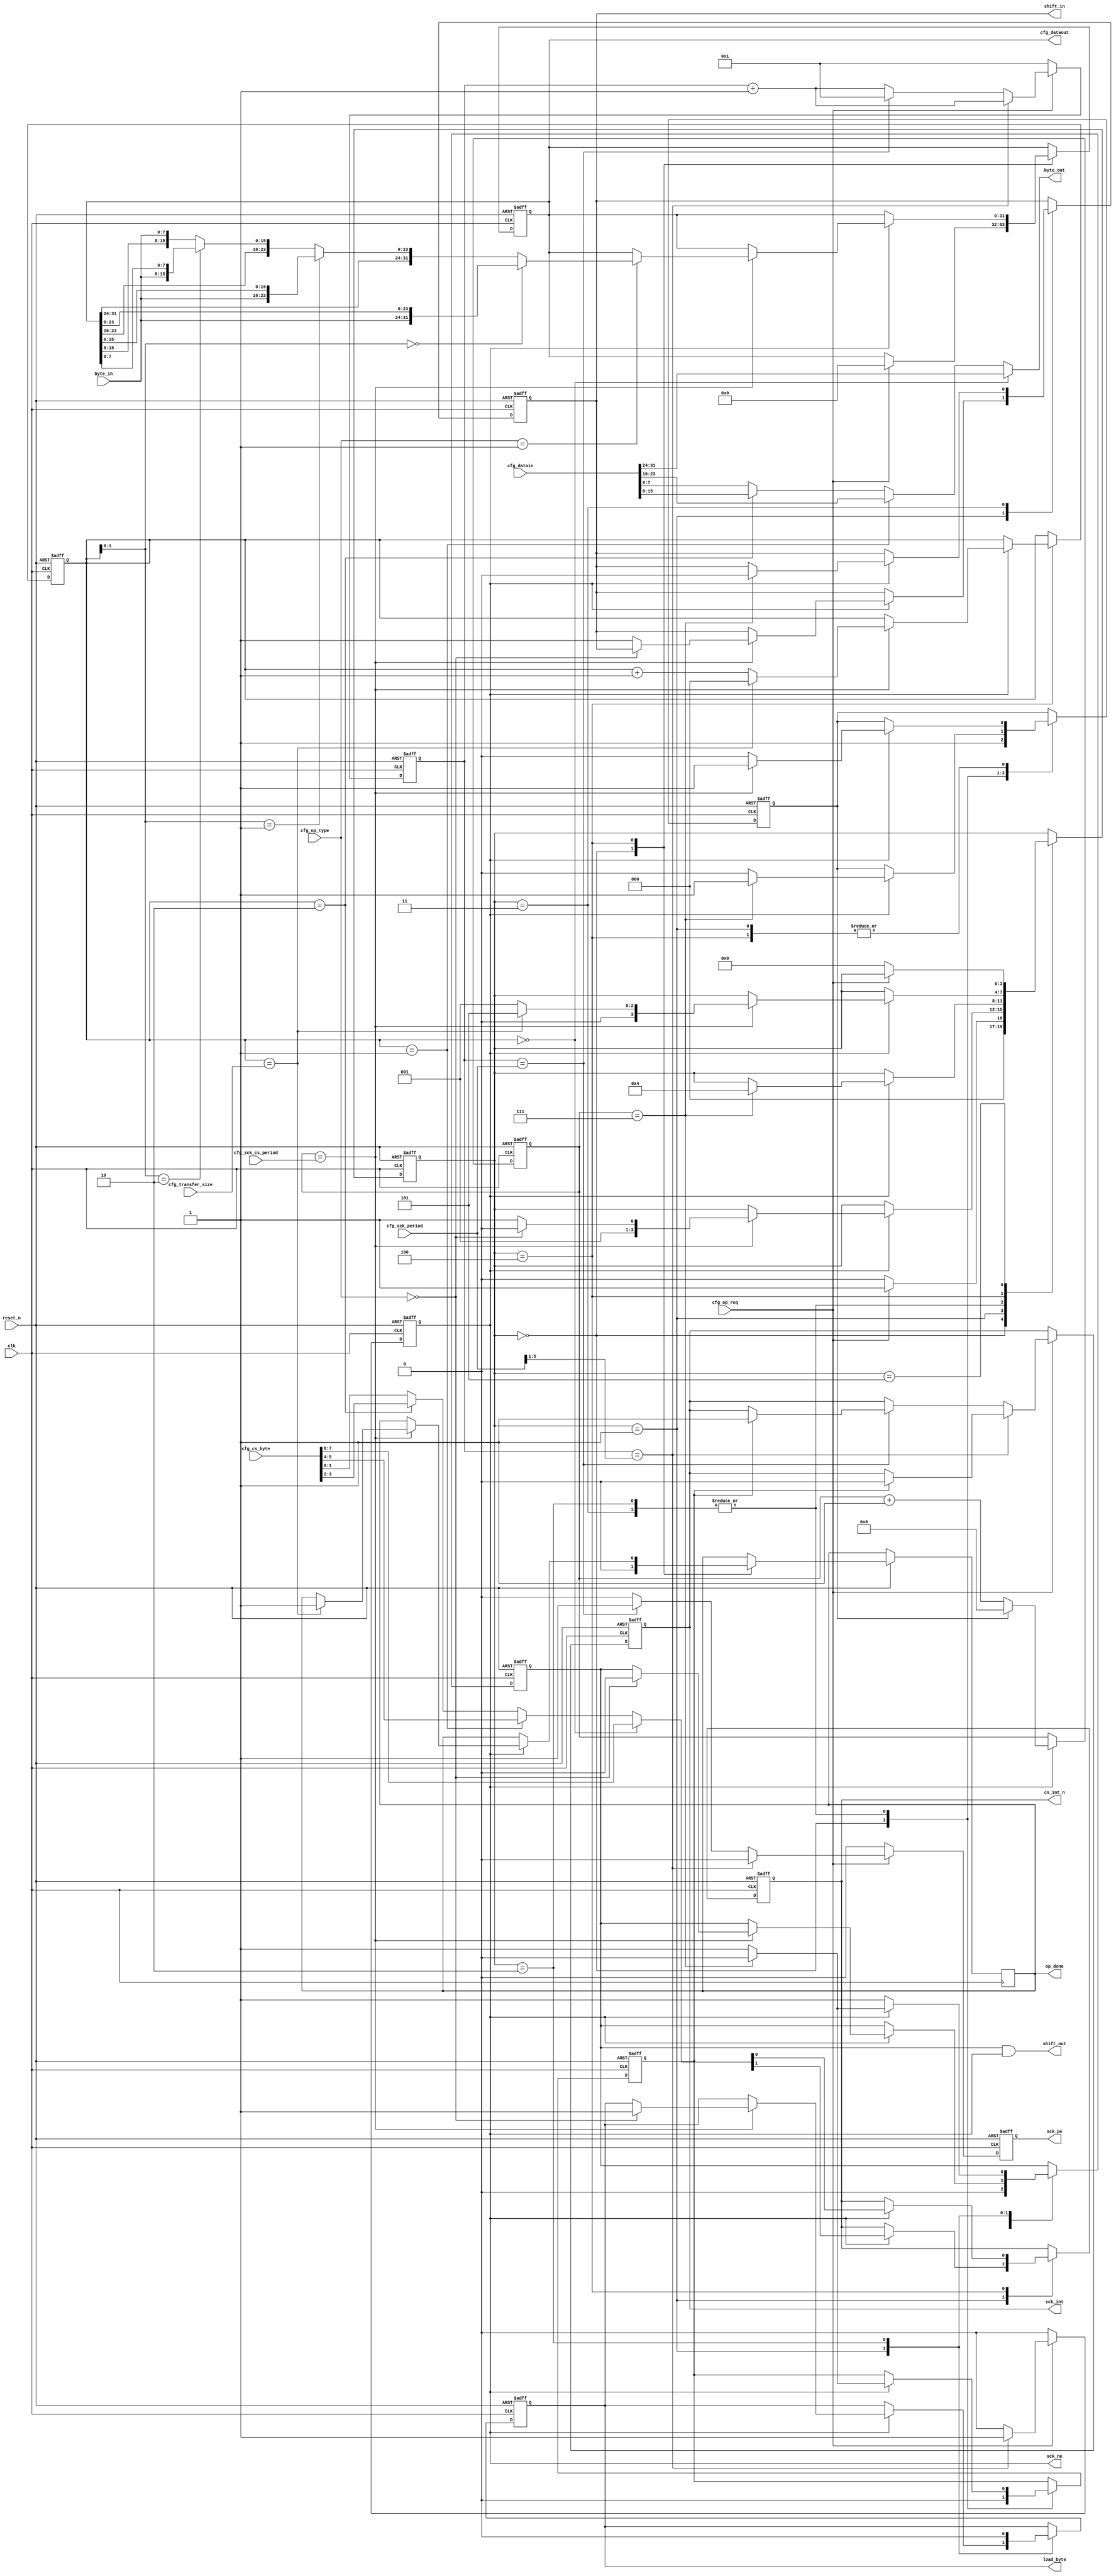
//////////////////////////////////////////////////////////////////////
////                                                              ////
////  Tubo 8051 cores SPI Interface Module                        ////
////                                                              ////
////  This file is part of the Turbo 8051 cores project           ////
////  http://www.opencores.org/cores/turbo8051/                   ////
////                                                              ////
////  Description                                                 ////
////  Turbo 8051 definitions.                                     ////
////                                                              ////
////  To Do:                                                      ////
////    nothing                                                   ////
////                                                              ////
////  Author(s):                                                  ////
////      - Dinesh Annayya, dinesha@opencores.org                 ////
////                                                              ////
//////////////////////////////////////////////////////////////////////
////                                                              ////
//// Copyright (C) 2000 Authors and OPENCORES.ORG                 ////
////                                                              ////
//// This source file may be used and distributed without         ////
//// restriction provided that this copyright statement is not    ////
//// removed from the file and that any derivative work contains  ////
//// the original copyright notice and the associated disclaimer. ////
////                                                              ////
//// This source file is free software; you can redistribute it   ////
//// and/or modify it under the terms of the GNU Lesser General   ////
//// Public License as published by the Free Software Foundation; ////
//// either version 2.1 of the License, or (at your option) any   ////
//// later version.                                               ////
////                                                              ////
//// This source is distributed in the hope that it will be       ////
//// useful, but WITHOUT ANY WARRANTY; without even the implied   ////
//// warranty of MERCHANTABILITY or FITNESS FOR A PARTICULAR      ////
//// PURPOSE.  See the GNU Lesser General Public License for more ////
//// details.                                                     ////
////                                                              ////
//// You should have received a copy of the GNU Lesser General    ////
//// Public License along with this source; if not, download it   ////
//// from http://www.opencores.org/lgpl.shtml                     ////
////                                                              ////
//////////////////////////////////////////////////////////////////////



module spi_ctl
       ( clk,
         reset_n,
         sck_int,


         cfg_op_req,
         cfg_op_type,
         cfg_transfer_size,
         cfg_sck_period,
         cfg_sck_cs_period,
         cfg_cs_byte,
         cfg_datain,
         cfg_dataout,
         op_done,

         cs_int_n,
         sck_pe,
         sck_ne,
         shift_out,
         shift_in,
         byte_out,
         byte_in,
         load_byte
         
         );

 //*************************************************************************

  input          clk, reset_n;
  input          cfg_op_req;
  input [1:0]    cfg_op_type;
  input [1:0]    cfg_transfer_size;
    
  input [5:0]    cfg_sck_period;
  input [4:0]    cfg_sck_cs_period; // cs setup & hold period
  input [7:0]    cfg_cs_byte;
  input [31:0]   cfg_datain;
  output [31:0]  cfg_dataout;

  output [7:0]    byte_out; // Byte out for Serial Shifting out
  input  [7:0]    byte_in;  // Serial Received Byte
  output          sck_int;
  output          cs_int_n;
  output          sck_pe;
  output          sck_ne;
  output          shift_out;
  output          shift_in;
  output          load_byte;
  output          op_done;

  reg    [31:0]   cfg_dataout;
  reg             sck_ne;
  reg             sck_pe;
  reg             sck_int;
  reg [5:0]       clk_cnt;
  reg [5:0]       sck_cnt;

  reg [3:0]       spiif_cs;
  reg             shift_enb;
  reg             cs_int_n;
  reg             clr_sck_cnt ;
  reg             sck_out_en;

  wire [5:0]      sck_half_period;
  reg             load_byte;
  reg             shift_in;
  reg             op_done;
  reg [2:0]       byte_cnt;


  `define SPI_IDLE   4'b0000
  `define SPI_CS_SU  4'b0001
  `define SPI_WRITE  4'b0010
  `define SPI_READ   4'b0011
  `define SPI_CS_HLD 4'b0100
  `define SPI_WAIT   4'b0101


  assign sck_half_period = {1'b0, cfg_sck_period[5:1]};
  // The first transition on the sck_toggle happens one SCK period
  // after op_en or boot_en is asserted
  always @(posedge clk or negedge reset_n) begin
     if(!reset_n) begin
        sck_ne   <= 1'b0;
        clk_cnt  <= 6'h1;
        sck_pe   <= 1'b0;
        sck_int  <= 1'b0;
     end // if (!reset_n)
     else 
     begin
        if(cfg_op_req) 
        begin
           if(clk_cnt == sck_half_period) 
           begin
              sck_ne <= 1'b1;
              sck_pe <= 1'b0;
              if(sck_out_en) sck_int <= 0;
              clk_cnt <= clk_cnt + 1'b1;
           end // if (clk_cnt == sck_half_period)
           else 
           begin
              if(clk_cnt == cfg_sck_period) 
              begin
                 sck_ne <= 1'b0;
                 sck_pe <= 1'b1;
                 if(sck_out_en) sck_int <= 1;
                 clk_cnt <= 6'h1;
              end // if (clk_cnt == cfg_sck_period)
              else 
              begin
                 clk_cnt <= clk_cnt + 1'b1;
                 sck_pe <= 1'b0;
                 sck_ne <= 1'b0;
              end // else: !if(clk_cnt == cfg_sck_period)
           end // else: !if(clk_cnt == sck_half_period)
        end // if (op_en)
        else 
        begin
           clk_cnt    <= 6'h1;
           sck_pe     <= 1'b0;
           sck_ne     <= 1'b0;
        end // else: !if(op_en)
     end // else: !if(!reset_n)
  end // always @ (posedge clk or negedge reset_n)
  

wire [1:0] cs_data =  (byte_cnt == 2'b00) ? cfg_cs_byte[7:6]  :
                      (byte_cnt == 2'b01) ? cfg_cs_byte[5:4]  :
                      (byte_cnt == 2'b10) ? cfg_cs_byte[3:2]  : cfg_cs_byte[1:0] ;

wire [7:0] byte_out = (byte_cnt == 2'b00) ? cfg_datain[31:24] :
                      (byte_cnt == 2'b01) ? cfg_datain[23:16] :
                      (byte_cnt == 2'b10) ? cfg_datain[15:8]  : cfg_datain[7:0] ;
         
assign shift_out =  shift_enb && sck_ne;

always @(posedge clk or negedge reset_n) begin
   if(!reset_n) begin
      spiif_cs    <= `SPI_IDLE;
      sck_cnt     <= 6'h0;
      shift_in    <= 1'b0;
      clr_sck_cnt <= 1'b1;
      byte_cnt    <= 2'b00;
      cs_int_n    <= 1'b1;
      sck_out_en  <= 1'b0;
      shift_enb   <= 1'b0;
      cfg_dataout <= 32'h0;
      load_byte   <= 1'b0;
   end
   else begin
      if(sck_ne)
         sck_cnt <=  clr_sck_cnt  ? 6'h0 : sck_cnt + 1 ;

      case(spiif_cs)
      `SPI_IDLE   : 
      begin
          op_done     <= 0;
          clr_sck_cnt <= 1'b1;
          sck_out_en  <= 1'b0;
          shift_enb   <= 1'b0;
          if(cfg_op_req) 
          begin
              cfg_dataout <= 32'h0;
              spiif_cs    <= `SPI_CS_SU;
           end 
           else begin
              spiif_cs <= `SPI_IDLE;
           end 
      end 

      `SPI_CS_SU  : 
       begin
          if(sck_ne) begin
            cs_int_n <= cs_data[1];
            if(sck_cnt == cfg_sck_cs_period) begin
               clr_sck_cnt <= 1'b1;
               if(cfg_op_type == 0) begin // Write Mode
                  load_byte   <= 1'b1;
                  spiif_cs    <= `SPI_WRITE;
                  shift_enb   <= 1'b0;
               end else begin
                  shift_in    <= 1;
                  spiif_cs    <= `SPI_READ;
                end
             end
             else begin 
                clr_sck_cnt <= 1'b0;
             end
         end
      end 

      `SPI_WRITE : 
       begin 
         load_byte   <= 1'b0;
         if(sck_ne) begin
           if(sck_cnt == 3'h7 )begin
              clr_sck_cnt <= 1'b1;
              spiif_cs    <= `SPI_CS_HLD;
              shift_enb   <= 1'b0;
              sck_out_en  <= 1'b0; // Disable clock output
           end
           else begin
              shift_enb   <= 1'b1;
              sck_out_en  <= 1'b1;
              clr_sck_cnt <= 1'b0;
           end
         end else begin
            shift_enb   <= 1'b1;
         end
      end 

      `SPI_READ : 
       begin 
         if(sck_ne) begin
             if( sck_cnt == 3'h7 ) begin
                clr_sck_cnt <= 1'b1;
                shift_in    <= 0;
                spiif_cs    <= `SPI_CS_HLD;
                sck_out_en  <= 1'b0; // Disable clock output
             end
             else begin
                sck_out_en  <= 1'b1; // Disable clock output
                clr_sck_cnt <= 1'b0;
             end
         end
      end 

      `SPI_CS_HLD : begin
         if(sck_ne) begin
             cs_int_n <= cs_data[0];
            if(sck_cnt == cfg_sck_cs_period) begin
               if(cfg_op_type == 1) begin // Read Mode
                  cfg_dataout <= (byte_cnt[1:0] == 2'b00) ? { byte_in, cfg_dataout[23:0] } :
                                 (byte_cnt[1:0] == 2'b01) ? { cfg_dataout[31:24] ,
                                                              byte_in, cfg_dataout[15:0] } :
                                 (byte_cnt[1:0] == 2'b10) ? { cfg_dataout[31:16] ,
                                                              byte_in, cfg_dataout[7:0]  } :
                                                            { cfg_dataout[31:8]  ,
                                                              byte_in  } ;
               end
               clr_sck_cnt <= 1'b1;
               if(byte_cnt == cfg_transfer_size) begin
                  spiif_cs <= `SPI_WAIT;
                  byte_cnt <= 0;
                  op_done  <= 1;
               end else begin
                  byte_cnt <= byte_cnt +1;
                  spiif_cs <= `SPI_CS_SU;
               end
            end
            else begin
                clr_sck_cnt <= 1'b0;
            end
         end 
      end // case: `SPI_CS_HLD    
      `SPI_WAIT : begin
          if(!cfg_op_req) // Wait for Request de-assertion
             spiif_cs <= `SPI_IDLE;
       end
    endcase // casex(spiif_cs)
   end
end // always @(sck_ne

endmodule